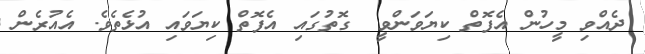
ދެއްވި މީހުން އެފޮތް ކިޔަވަންވީ  ގޮތުގައި އެފޮތް ކިޔަވައި އުޅެތެވެ. އެއުރެން